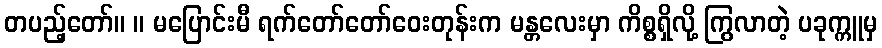
တပည့်တော်။ ။ မပြောင်းမီ ရက်တော်တော်ဝေးတုန်းက မန္တလေးမှာ ကိစ္စရှိလို့ ကြွလာတဲ့ ပခုက္ကူမှ